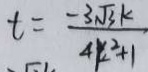
t = \frac { - 3 \sqrt { 3 } k } { 4 k ^ { 2 } + 1 }